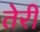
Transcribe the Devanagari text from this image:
तेेरी